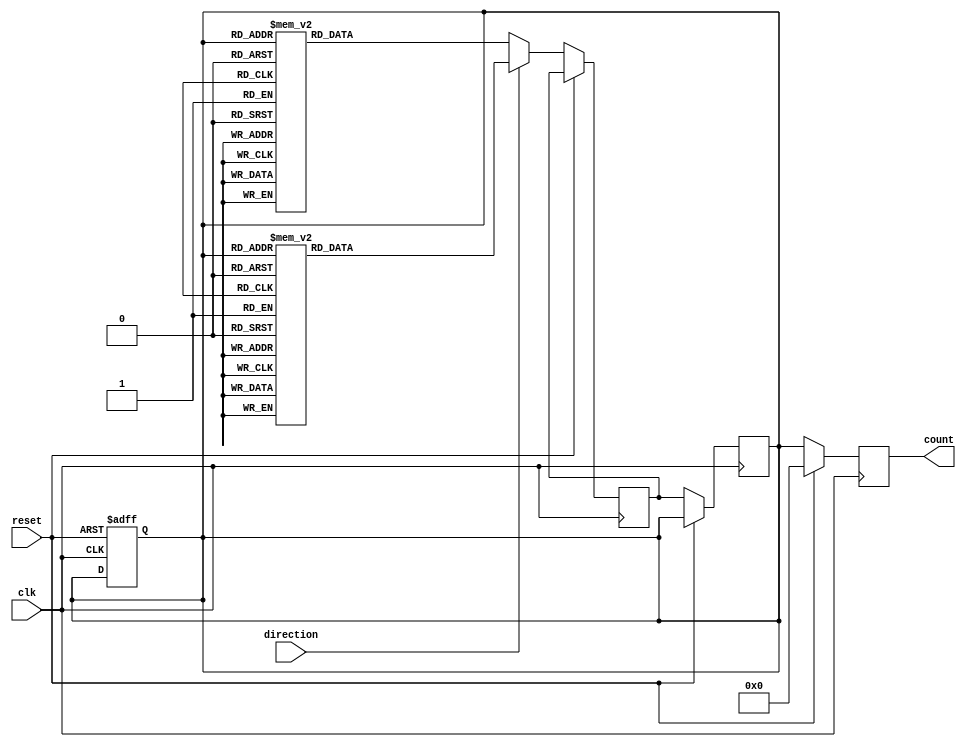
module gray_counter (
  input wire clk,
  input wire reset,
  input wire direction,
  output reg [N-1:0] count
);

parameter N = 4; // Number of bits in the Gray Counter

reg [N-1:0] gray_count;
reg [N-1:0] next_count;

always @ (posedge clk or posedge reset) begin
  if (reset) begin
    gray_count <= 0;
  end else begin
    if (direction) begin // Increment
      case (gray_count)
        4'b0000: next_count <= 4'b0001;
        4'b0001: next_count <= 4'b0011;
        4'b0011: next_count <= 4'b0010;
        4'b0010: next_count <= 4'b0110;
        4'b0110: next_count <= 4'b0111;
        4'b0111: next_count <= 4'b0101;
        4'b0101: next_count <= 4'b0100;
        4'b0100: next_count <= 4'b1100;
        4'b1100: next_count <= 4'b1101;
        4'b1101: next_count <= 4'b1111;
        4'b1111: next_count <= 4'b1110;
        4'b1110: next_count <= 4'b1010;
        4'b1010: next_count <= 4'b1011;
        4'b1011: next_count <= 4'b1001;
        4'b1001: next_count <= 4'b1000;
        4'b1000: next_count <= 4'b0000;
      endcase
    end else begin // Decrement
      case (gray_count)
        4'b0000: next_count <= 4'b1000;
        4'b1000: next_count <= 4'b1010;
        4'b1010: next_count <= 4'b1011;
        4'b1011: next_count <= 4'b1001;
        4'b1001: next_count <= 4'b1101;
        4'b1101: next_count <= 4'b1100;
        4'b1100: next_count <= 4'b0100;
        4'b0100: next_count <= 4'b0101;
        4'b0101: next_count <= 4'b0111;
        4'b0111: next_count <= 4'b0110;
        4'b0110: next_count <= 4'b0010;
        4'b0010: next_count <= 4'b0011;
        4'b0011: next_count <= 4'b0001;
        4'b0001: next_count <= 4'b0000;
        4'b1110: next_count <= 4'b1111;
        4'b1111: next_count <= 4'b1110;
      endcase
    end
  end
end

always @ (posedge clk) begin
  if (reset) begin
    count <= 0;
  end else begin
    count <= gray_count;
    gray_count <= next_count;
  end
end

endmodule